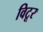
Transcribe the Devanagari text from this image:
विटूर